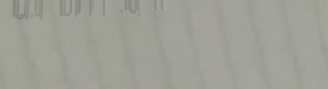
مركز لبيع قطع الغيار السي